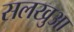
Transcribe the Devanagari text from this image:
सलखुआ